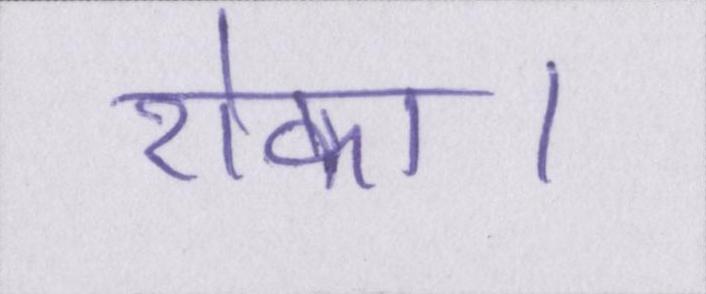
रोका।